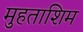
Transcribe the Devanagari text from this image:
मुहताशिम